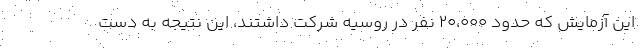
این آزمایش که حدود 20،000 نفر در روسیه شرکت داشتند، این نتیجه به دست